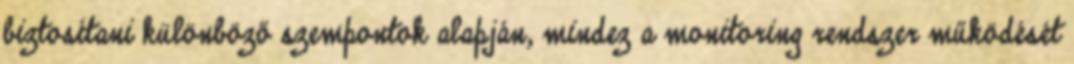
biztosítani különböző szempontok alapján, mindez a monitoring rendszer működését